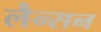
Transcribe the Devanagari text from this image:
लैन्सन